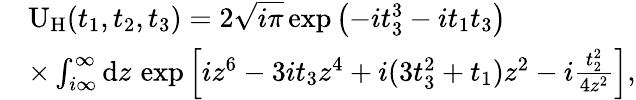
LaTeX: \begin{array}{rl}&{\mathrm{U}_{\mathrm{H}}(t_{1},t_{2},t_{3})=2\sqrt{i\pi}\exp\left(-it_{3}^{3}-it_{1}t_{3}\right)}\\ &{\times\int_{i\infty}^{\infty}\mathrm{d}z\, \exp\left[iz^{6}-3it_{3}z^{4}+i(3t_{3}^{2}+t_{1})z^{2}-i\frac{t_{2}^{2}}{4z^{2}}\right],}\end{array}